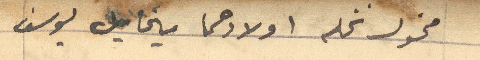
مخول نخله اولادهما ميخايل يوسف